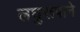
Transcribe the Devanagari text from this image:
लघुरूपाने